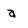
Character: a